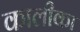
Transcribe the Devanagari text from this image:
कालीका